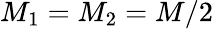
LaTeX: M_{1}=M_{2}=M/2